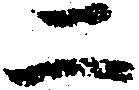
二